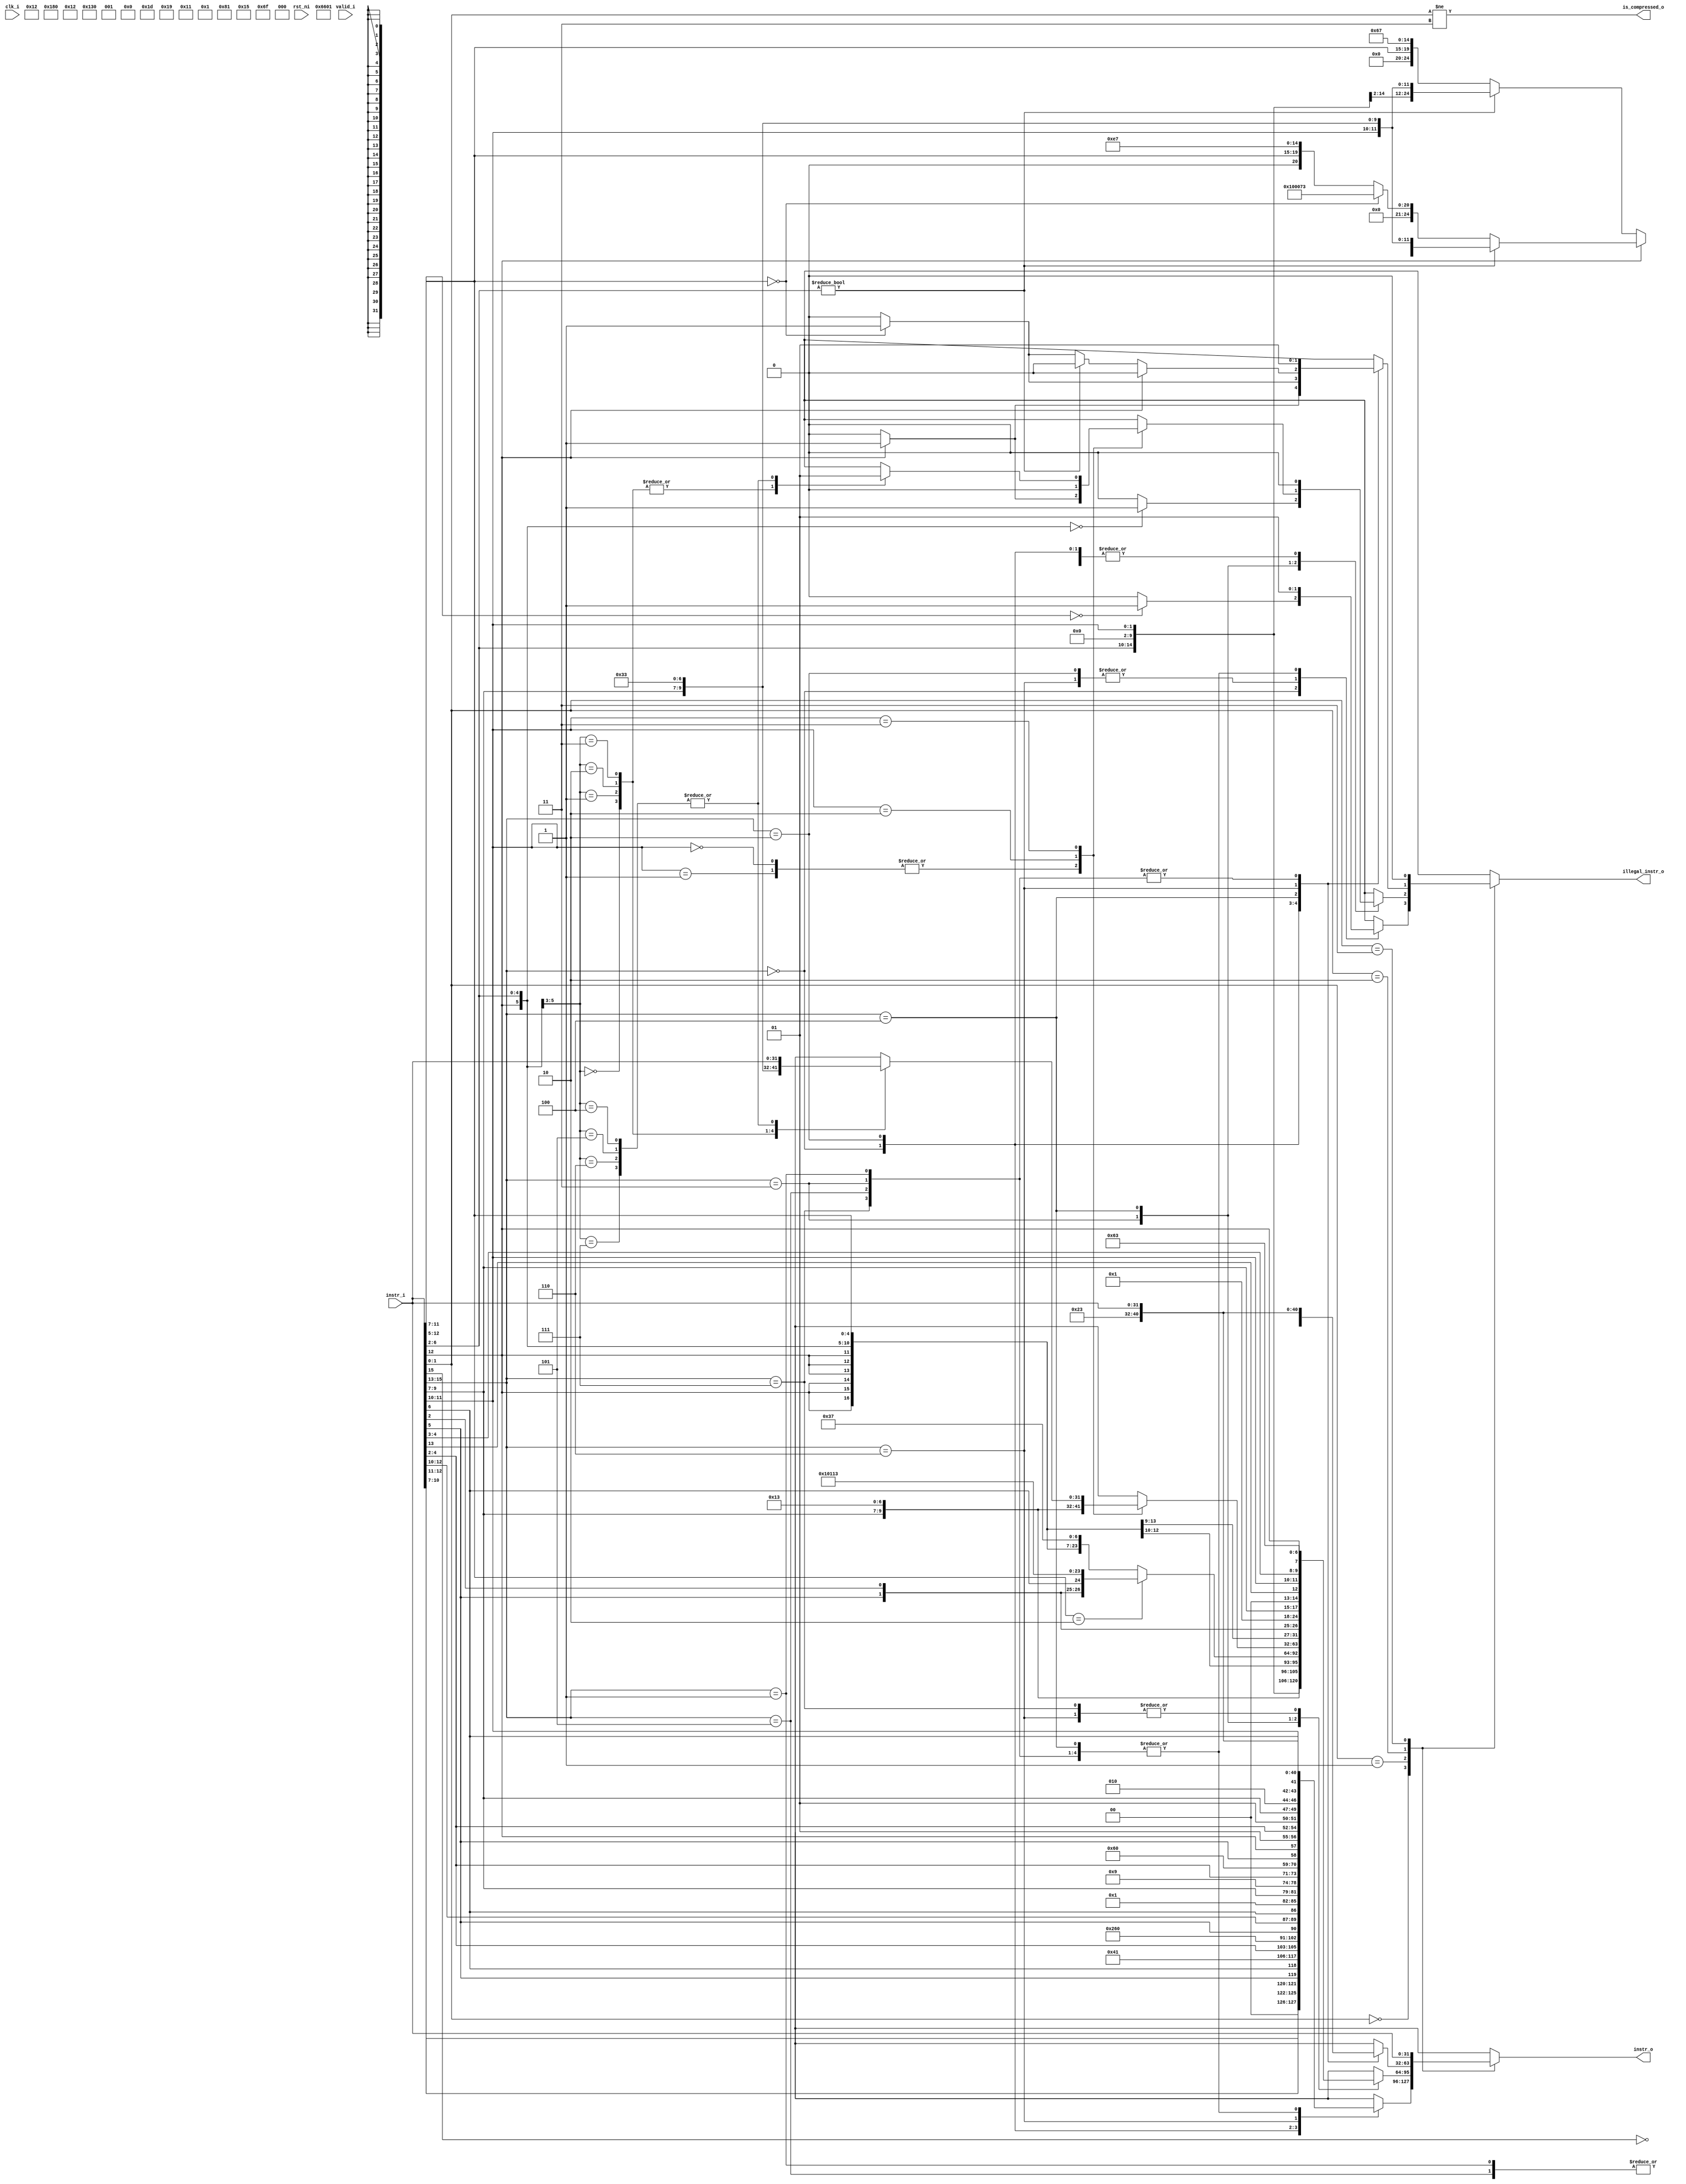
// This program was cloned from: https://github.com/NYU-MLDA/OpenABC
// License: BSD 3-Clause "New" or "Revised" License

module ibex_compressed_decoder (
	clk_i,
	rst_ni,
	valid_i,
	instr_i,
	instr_o,
	is_compressed_o,
	illegal_instr_o
);
	input wire clk_i;
	input wire rst_ni;
	input wire valid_i;
	input wire [31:0] instr_i;
	output reg [31:0] instr_o;
	output wire is_compressed_o;
	output reg illegal_instr_o;
	wire unused_valid;
	assign unused_valid = valid_i;
	localparam [6:0] ibex_pkg_OPCODE_BRANCH = 7'h63;
	localparam [6:0] ibex_pkg_OPCODE_JAL = 7'h6f;
	localparam [6:0] ibex_pkg_OPCODE_JALR = 7'h67;
	localparam [6:0] ibex_pkg_OPCODE_LOAD = 7'h03;
	localparam [6:0] ibex_pkg_OPCODE_LUI = 7'h37;
	localparam [6:0] ibex_pkg_OPCODE_OP = 7'h33;
	localparam [6:0] ibex_pkg_OPCODE_OP_IMM = 7'h13;
	localparam [6:0] ibex_pkg_OPCODE_STORE = 7'h23;
	always @(*) begin
		instr_o = instr_i;
		illegal_instr_o = 1'b0;
		case (instr_i[1:0])
			2'b00:
				case (instr_i[15:13])
					3'b000: begin
						instr_o = {2'b00, instr_i[10:7], instr_i[12:11], instr_i[5], instr_i[6], 2'b00, 5'h02, 3'b000, 2'b01, instr_i[4:2], {ibex_pkg_OPCODE_OP_IMM}};
						if (instr_i[12:5] == 8'b00000000)
							illegal_instr_o = 1'b1;
					end
					3'b010: instr_o = {5'b00000, instr_i[5], instr_i[12:10], instr_i[6], 2'b00, 2'b01, instr_i[9:7], 3'b010, 2'b01, instr_i[4:2], {ibex_pkg_OPCODE_LOAD}};
					3'b110: instr_o = {5'b00000, instr_i[5], instr_i[12], 2'b01, instr_i[4:2], 2'b01, instr_i[9:7], 3'b010, instr_i[11:10], instr_i[6], 2'b00, {ibex_pkg_OPCODE_STORE}};
					3'b001, 3'b011, 3'b100, 3'b101, 3'b111: illegal_instr_o = 1'b1;
					default: illegal_instr_o = 1'b1;
				endcase
			2'b01:
				case (instr_i[15:13])
					3'b000: instr_o = {{6 {instr_i[12]}}, instr_i[12], instr_i[6:2], instr_i[11:7], 3'b000, instr_i[11:7], {ibex_pkg_OPCODE_OP_IMM}};
					3'b001, 3'b101: instr_o = {instr_i[12], instr_i[8], instr_i[10:9], instr_i[6], instr_i[7], instr_i[2], instr_i[11], instr_i[5:3], {9 {instr_i[12]}}, 4'b0000, ~instr_i[15], {ibex_pkg_OPCODE_JAL}};
					3'b010: instr_o = {{6 {instr_i[12]}}, instr_i[12], instr_i[6:2], 5'b00000, 3'b000, instr_i[11:7], {ibex_pkg_OPCODE_OP_IMM}};
					3'b011: begin
						instr_o = {{15 {instr_i[12]}}, instr_i[6:2], instr_i[11:7], {ibex_pkg_OPCODE_LUI}};
						if (instr_i[11:7] == 5'h02)
							instr_o = {{3 {instr_i[12]}}, instr_i[4:3], instr_i[5], instr_i[2], instr_i[6], 4'b0000, 5'h02, 3'b000, 5'h02, {ibex_pkg_OPCODE_OP_IMM}};
						if ({instr_i[12], instr_i[6:2]} == 6'b000000)
							illegal_instr_o = 1'b1;
					end
					3'b100:
						case (instr_i[11:10])
							2'b00, 2'b01: begin
								instr_o = {1'b0, instr_i[10], 5'b00000, instr_i[6:2], 2'b01, instr_i[9:7], 3'b101, 2'b01, instr_i[9:7], {ibex_pkg_OPCODE_OP_IMM}};
								if (instr_i[12] == 1'b1)
									illegal_instr_o = 1'b1;
							end
							2'b10: instr_o = {{6 {instr_i[12]}}, instr_i[12], instr_i[6:2], 2'b01, instr_i[9:7], 3'b111, 2'b01, instr_i[9:7], {ibex_pkg_OPCODE_OP_IMM}};
							2'b11:
								case ({instr_i[12], instr_i[6:5]})
									3'b000: instr_o = {2'b01, 5'b00000, 2'b01, instr_i[4:2], 2'b01, instr_i[9:7], 3'b000, 2'b01, instr_i[9:7], {ibex_pkg_OPCODE_OP}};
									3'b001: instr_o = {7'b0000000, 2'b01, instr_i[4:2], 2'b01, instr_i[9:7], 3'b100, 2'b01, instr_i[9:7], {ibex_pkg_OPCODE_OP}};
									3'b010: instr_o = {7'b0000000, 2'b01, instr_i[4:2], 2'b01, instr_i[9:7], 3'b110, 2'b01, instr_i[9:7], {ibex_pkg_OPCODE_OP}};
									3'b011: instr_o = {7'b0000000, 2'b01, instr_i[4:2], 2'b01, instr_i[9:7], 3'b111, 2'b01, instr_i[9:7], {ibex_pkg_OPCODE_OP}};
									3'b100, 3'b101, 3'b110, 3'b111: illegal_instr_o = 1'b1;
									default: illegal_instr_o = 1'b1;
								endcase
							default: illegal_instr_o = 1'b1;
						endcase
					3'b110, 3'b111: instr_o = {{4 {instr_i[12]}}, instr_i[6:5], instr_i[2], 5'b00000, 2'b01, instr_i[9:7], 2'b00, instr_i[13], instr_i[11:10], instr_i[4:3], instr_i[12], {ibex_pkg_OPCODE_BRANCH}};
					default: illegal_instr_o = 1'b1;
				endcase
			2'b10:
				case (instr_i[15:13])
					3'b000: begin
						instr_o = {7'b0000000, instr_i[6:2], instr_i[11:7], 3'b001, instr_i[11:7], {ibex_pkg_OPCODE_OP_IMM}};
						if (instr_i[12] == 1'b1)
							illegal_instr_o = 1'b1;
					end
					3'b010: begin
						instr_o = {4'b0000, instr_i[3:2], instr_i[12], instr_i[6:4], 2'b00, 5'h02, 3'b010, instr_i[11:7], ibex_pkg_OPCODE_LOAD};
						if (instr_i[11:7] == 5'b00000)
							illegal_instr_o = 1'b1;
					end
					3'b100:
						if (instr_i[12] == 1'b0) begin
							if (instr_i[6:2] != 5'b00000)
								instr_o = {7'b0000000, instr_i[6:2], 5'b00000, 3'b000, instr_i[11:7], {ibex_pkg_OPCODE_OP}};
							else begin
								instr_o = {12'b000000000000, instr_i[11:7], 3'b000, 5'b00000, {ibex_pkg_OPCODE_JALR}};
								if (instr_i[11:7] == 5'b00000)
									illegal_instr_o = 1'b1;
							end
						end
						else if (instr_i[6:2] != 5'b00000)
							instr_o = {7'b0000000, instr_i[6:2], instr_i[11:7], 3'b000, instr_i[11:7], {ibex_pkg_OPCODE_OP}};
						else if (instr_i[11:7] == 5'b00000)
							instr_o = 32'h00100073;
						else
							instr_o = {12'b000000000000, instr_i[11:7], 3'b000, 5'b00001, {ibex_pkg_OPCODE_JALR}};
					3'b110: instr_o = {4'b0000, instr_i[8:7], instr_i[12], instr_i[6:2], 5'h02, 3'b010, instr_i[11:9], 2'b00, {ibex_pkg_OPCODE_STORE}};
					3'b001, 3'b011, 3'b101, 3'b111: illegal_instr_o = 1'b1;
					default: illegal_instr_o = 1'b1;
				endcase
			2'b11:
				;
			default: illegal_instr_o = 1'b1;
		endcase
	end
	assign is_compressed_o = instr_i[1:0] != 2'b11;
endmodule